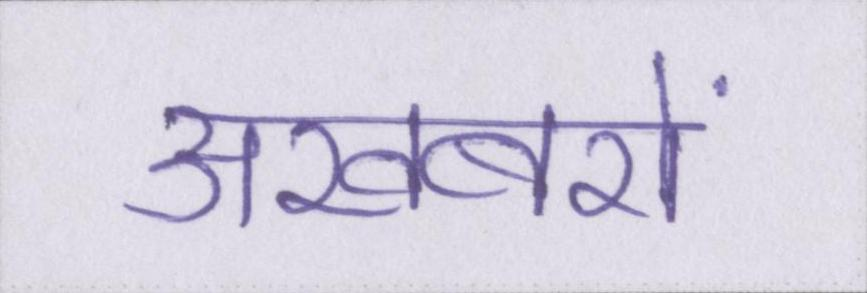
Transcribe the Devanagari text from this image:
अखबरों